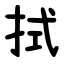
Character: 拭